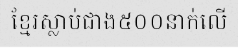
ខ្មែរស្លាប់ជាង៥០០នាក់លើ